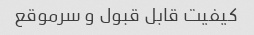
کیفیت قابل قبول و سرموقع